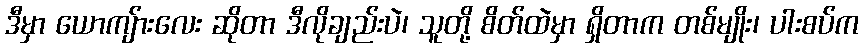
ဒီမှာ ယောကျ်ားလေး ဆိုတာ ဒီလိုချည်းပဲ၊ သူတို့ စိတ်ထဲမှာ ရှိတာက တစ်မျိုး၊ ပါးစပ်က